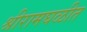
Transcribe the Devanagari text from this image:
श्रीरामघळीत